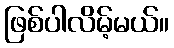
ဖြစ်ပါလိမ့်မယ်။